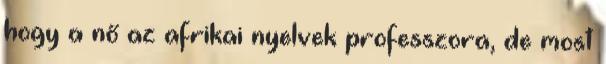
hogy a nő az afrikai nyelvek professzora, de most